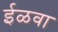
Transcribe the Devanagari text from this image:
ईळवा